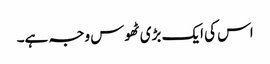
اس کی ایک بڑی ٹھوس وجہ ہے۔